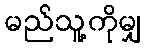
မည်သူ့ကိုမျှ